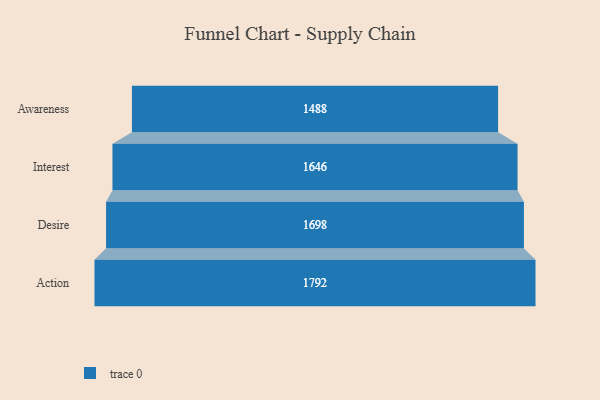
{"axis": {"x": "Stage", "y": "Value"}, "legend": [""], "data": [{"x": "Awareness", "y": 1488.0, "type": ""}, {"x": "Interest", "y": 1646.0, "type": ""}, {"x": "Desire", "y": 1698.0, "type": ""}, {"x": "Action", "y": 1792.0, "type": ""}]}